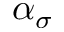
\alpha _ { \sigma }